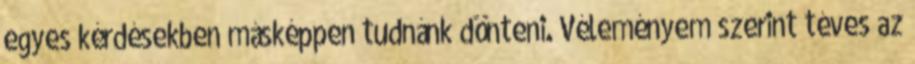
egyes kérdésekben másképpen tudnánk dönteni. Véleményem szerint téves az